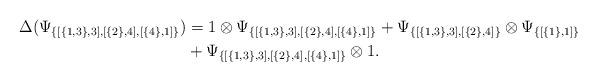
LaTeX: \begin{align*}\Delta{(\Psi_{\{[\{1,3\},3],[\{2\},4],[\{4\},1]\}})}& = 1 \otimes \Psi_{\{[\{1,3\},3],[\{2\},4],[\{4\},1]\}} + \Psi_{\{[\{1,3\},3],[\{2\},4]\}} \otimes \Psi_{\{[\{1\},1]\}} \\& + \Psi_{\{[\{1,3\},3],[\{2\},4],[\{4\},1]\}} \otimes 1 .\end{align*}